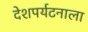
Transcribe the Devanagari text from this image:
देशपर्यटनाला